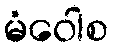
မံဝေါစ